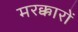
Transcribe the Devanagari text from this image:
मरक्कारों